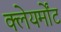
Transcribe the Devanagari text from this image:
क्लेयर्मोंट